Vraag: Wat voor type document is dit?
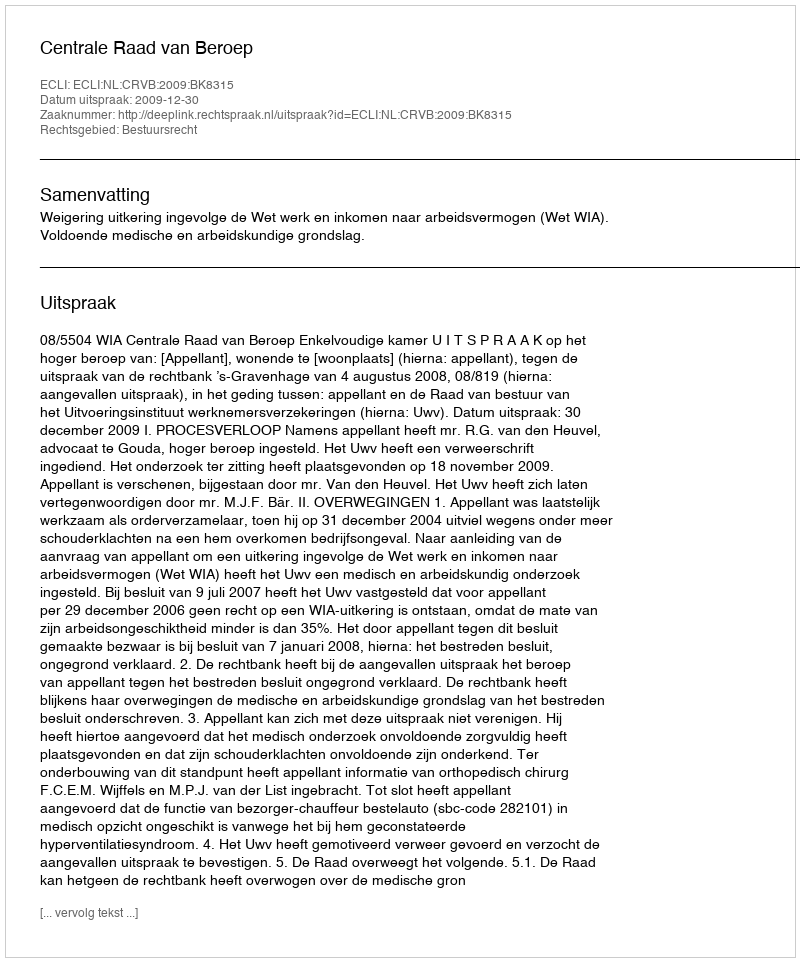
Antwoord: Uitspraak